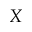
X